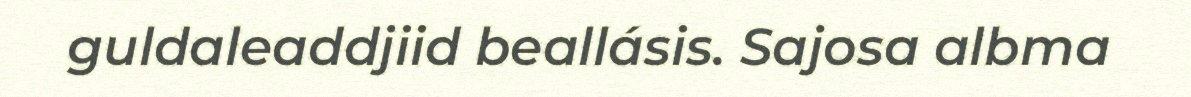
guldaleaddjiid beallásis. Sajosa albma